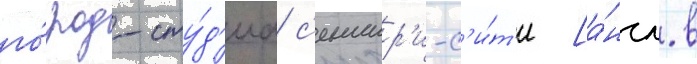
го́род-сту́д'иа с'енчер'и-с'и́т'и [а́нгл. в